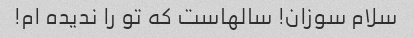
سلام سوزان! سالهاست که تو را ندیده ام!